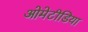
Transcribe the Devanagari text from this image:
ओमेटीडिया